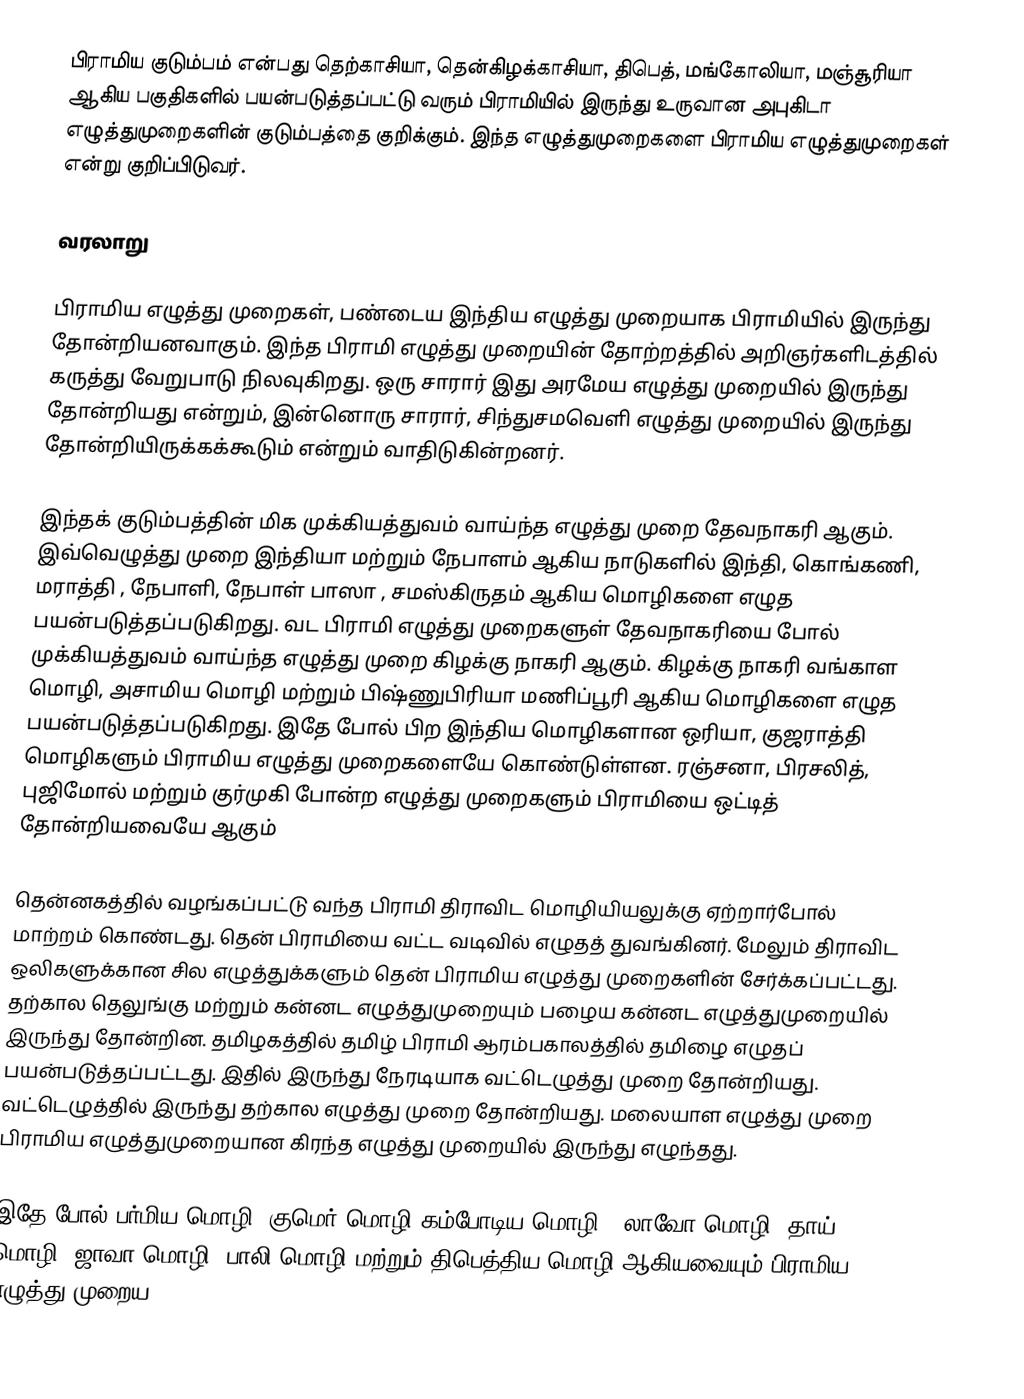
பிராமிய குடும்பம் என்பது தெற்காசியா, தென்கிழக்காசியா, திபெத், மங்கோலியா, மஞ்சூரியா ஆகிய பகுதிகளில் பயன்படுத்தப்பட்டு வரும் பிராமியில் இருந்து உருவான அபுகிடா எழுத்துமுறைகளின் குடும்பத்தை குறிக்கும். இந்த எழுத்துமுறைகளை பிராமிய எழுத்துமுறைகள் என்று குறிப்பிடுவர்.

வரலாறு

பிராமிய எழுத்து முறைகள், பண்டைய இந்திய எழுத்து முறையாக பிராமியில் இருந்து தோன்றியனவாகும்.  இந்த பிராமி எழுத்து முறையின் தோற்றத்தில் அறிஞர்களிடத்தில் கருத்து வேறுபாடு நிலவுகிறது. ஒரு சாரார் இது அரமேய எழுத்து முறையில் இருந்து தோன்றியது என்றும், இன்னொரு சாரார்,  சிந்துசமவெளி எழுத்து முறையில் இருந்து தோன்றியிருக்கக்கூடும் என்றும் வாதிடுகின்றனர்.

இந்தக் குடும்பத்தின் மிக முக்கியத்துவம் வாய்ந்த எழுத்து முறை தேவநாகரி  ஆகும். இவ்வெழுத்து முறை இந்தியா மற்றும் நேபாளம்  ஆகிய நாடுகளில் இந்தி, கொங்கணி, மராத்தி , நேபாளி, நேபாள் பாஸா , சமஸ்கிருதம் ஆகிய மொழிகளை எழுத பயன்படுத்தப்படுகிறது. வட பிராமி எழுத்து முறைகளுள் தேவநாகரியை போல் முக்கியத்துவம் வாய்ந்த எழுத்து முறை கிழக்கு நாகரி  ஆகும். கிழக்கு நாகரி வங்காள மொழி, அசாமிய மொழி  மற்றும் பிஷ்ணுபிரியா மணிப்பூரி  ஆகிய மொழிகளை எழுத பயன்படுத்தப்படுகிறது. இதே போல் பிற இந்திய மொழிகளான ஒரியா,  குஜராத்தி  மொழிகளும் பிராமிய எழுத்து முறைகளையே கொண்டுள்ளன. ரஞ்சனா,  பிரசலித், புஜிமோல் மற்றும் குர்முகி போன்ற எழுத்து முறைகளும் பிராமியை ஒட்டித் தோன்றியவையே ஆகும்

தென்னகத்தில் வழங்கப்பட்டு வந்த பிராமி திராவிட மொழியியலுக்கு ஏற்றார்போல் மாற்றம் கொண்டது. தென் பிராமியை வட்ட வடிவில் எழுதத் துவங்கினர். மேலும் திராவிட ஒலிகளுக்கான சில எழுத்துக்களும் தென் பிராமிய எழுத்து முறைகளின் சேர்க்கப்பட்டது. தற்கால தெலுங்கு மற்றும் கன்னட எழுத்துமுறையும் பழைய கன்னட எழுத்துமுறையில் இருந்து தோன்றின. தமிழகத்தில் தமிழ் பிராமி  ஆரம்பகாலத்தில் தமிழை எழுதப் பயன்படுத்தப்பட்டது. இதில் இருந்து நேரடியாக வட்டெழுத்து முறை தோன்றியது. வட்டெழுத்தில் இருந்து தற்கால எழுத்து முறை தோன்றியது. மலையாள எழுத்து முறை பிராமிய எழுத்துமுறையான கிரந்த எழுத்து முறையில்  இருந்து எழுந்தது.

இதே போல் பர்மிய மொழி, குமெர் மொழி(கம்போடிய மொழி), லாவோ மொழி, தாய் மொழி, ஜாவா மொழி, பாலி மொழி மற்றும் திபெத்திய மொழி  ஆகியவையும் பிராமிய எழுத்து முறைய